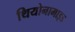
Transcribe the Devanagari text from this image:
थियोनामाइड